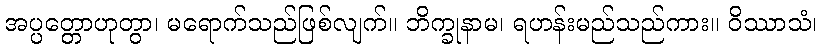
အပ္ပတ္တောဟုတွာ၊ မရောက်သည်ဖြစ်လျက်။ ဘိက္ခုနာမ၊ ရဟန်းမည်သည်ကား။ ဝိဿာသံ၊